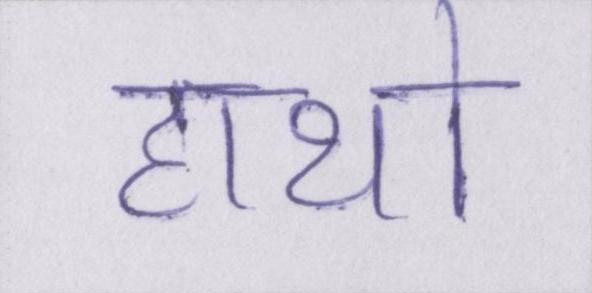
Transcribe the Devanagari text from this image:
हाथो